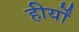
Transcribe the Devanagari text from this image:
हीर्यों